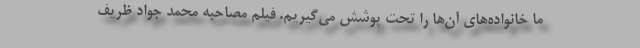
ما خانواده‌های آن‌ها را تحت پوشش می‌گیریم. فیلم مصاحبه محمد جواد ظریف